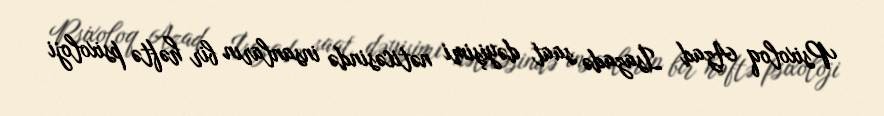
Psixoloq Azad İsazadə saat dəyişimi nəticəsində insanların bir həftə psixoloji